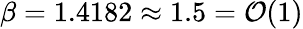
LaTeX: \beta=1.4182\approx 1.5=\mathcal{O}(1)